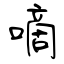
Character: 嘀